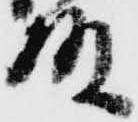
殿